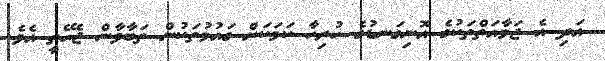
އަދި އެ ޖަމާއަތްތަކުގެ އޮނިގަނޑުގެ ހުރިހާ ކަމަކަށް ގައުމުތަކުން ތަބާވާން ޖެހޭތީ އެވެ.